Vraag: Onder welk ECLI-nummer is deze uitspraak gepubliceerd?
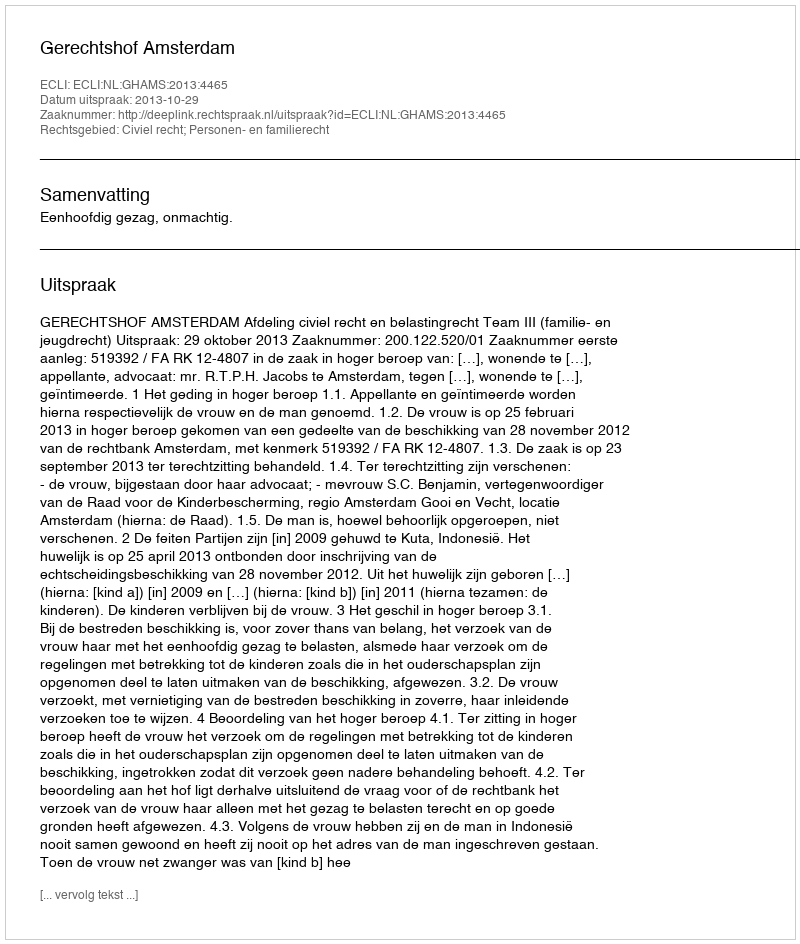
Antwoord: ECLI:NL:GHAMS:2013:4465